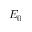
E _ { 0 }